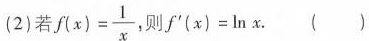
(2)若$$f ( x ) = \frac{1}{x}$$ 则f^{\prime}( x ) = I n x ()